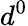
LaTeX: d^{0}